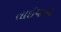
તાઇપાન